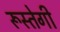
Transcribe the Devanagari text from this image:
रूस्तेगी